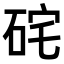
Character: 𥒈